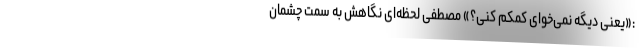
:«یعنی دیگه نمی‌خوای کمکم کنی؟» مصطفی لحظه‌ای نگاهش به سمت چشمان